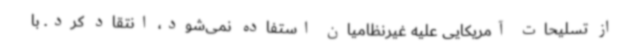
از تسلیحات آمریکایی علیه غیرنظامیان استفاده نمی‌شود، انتقاد کرد. با